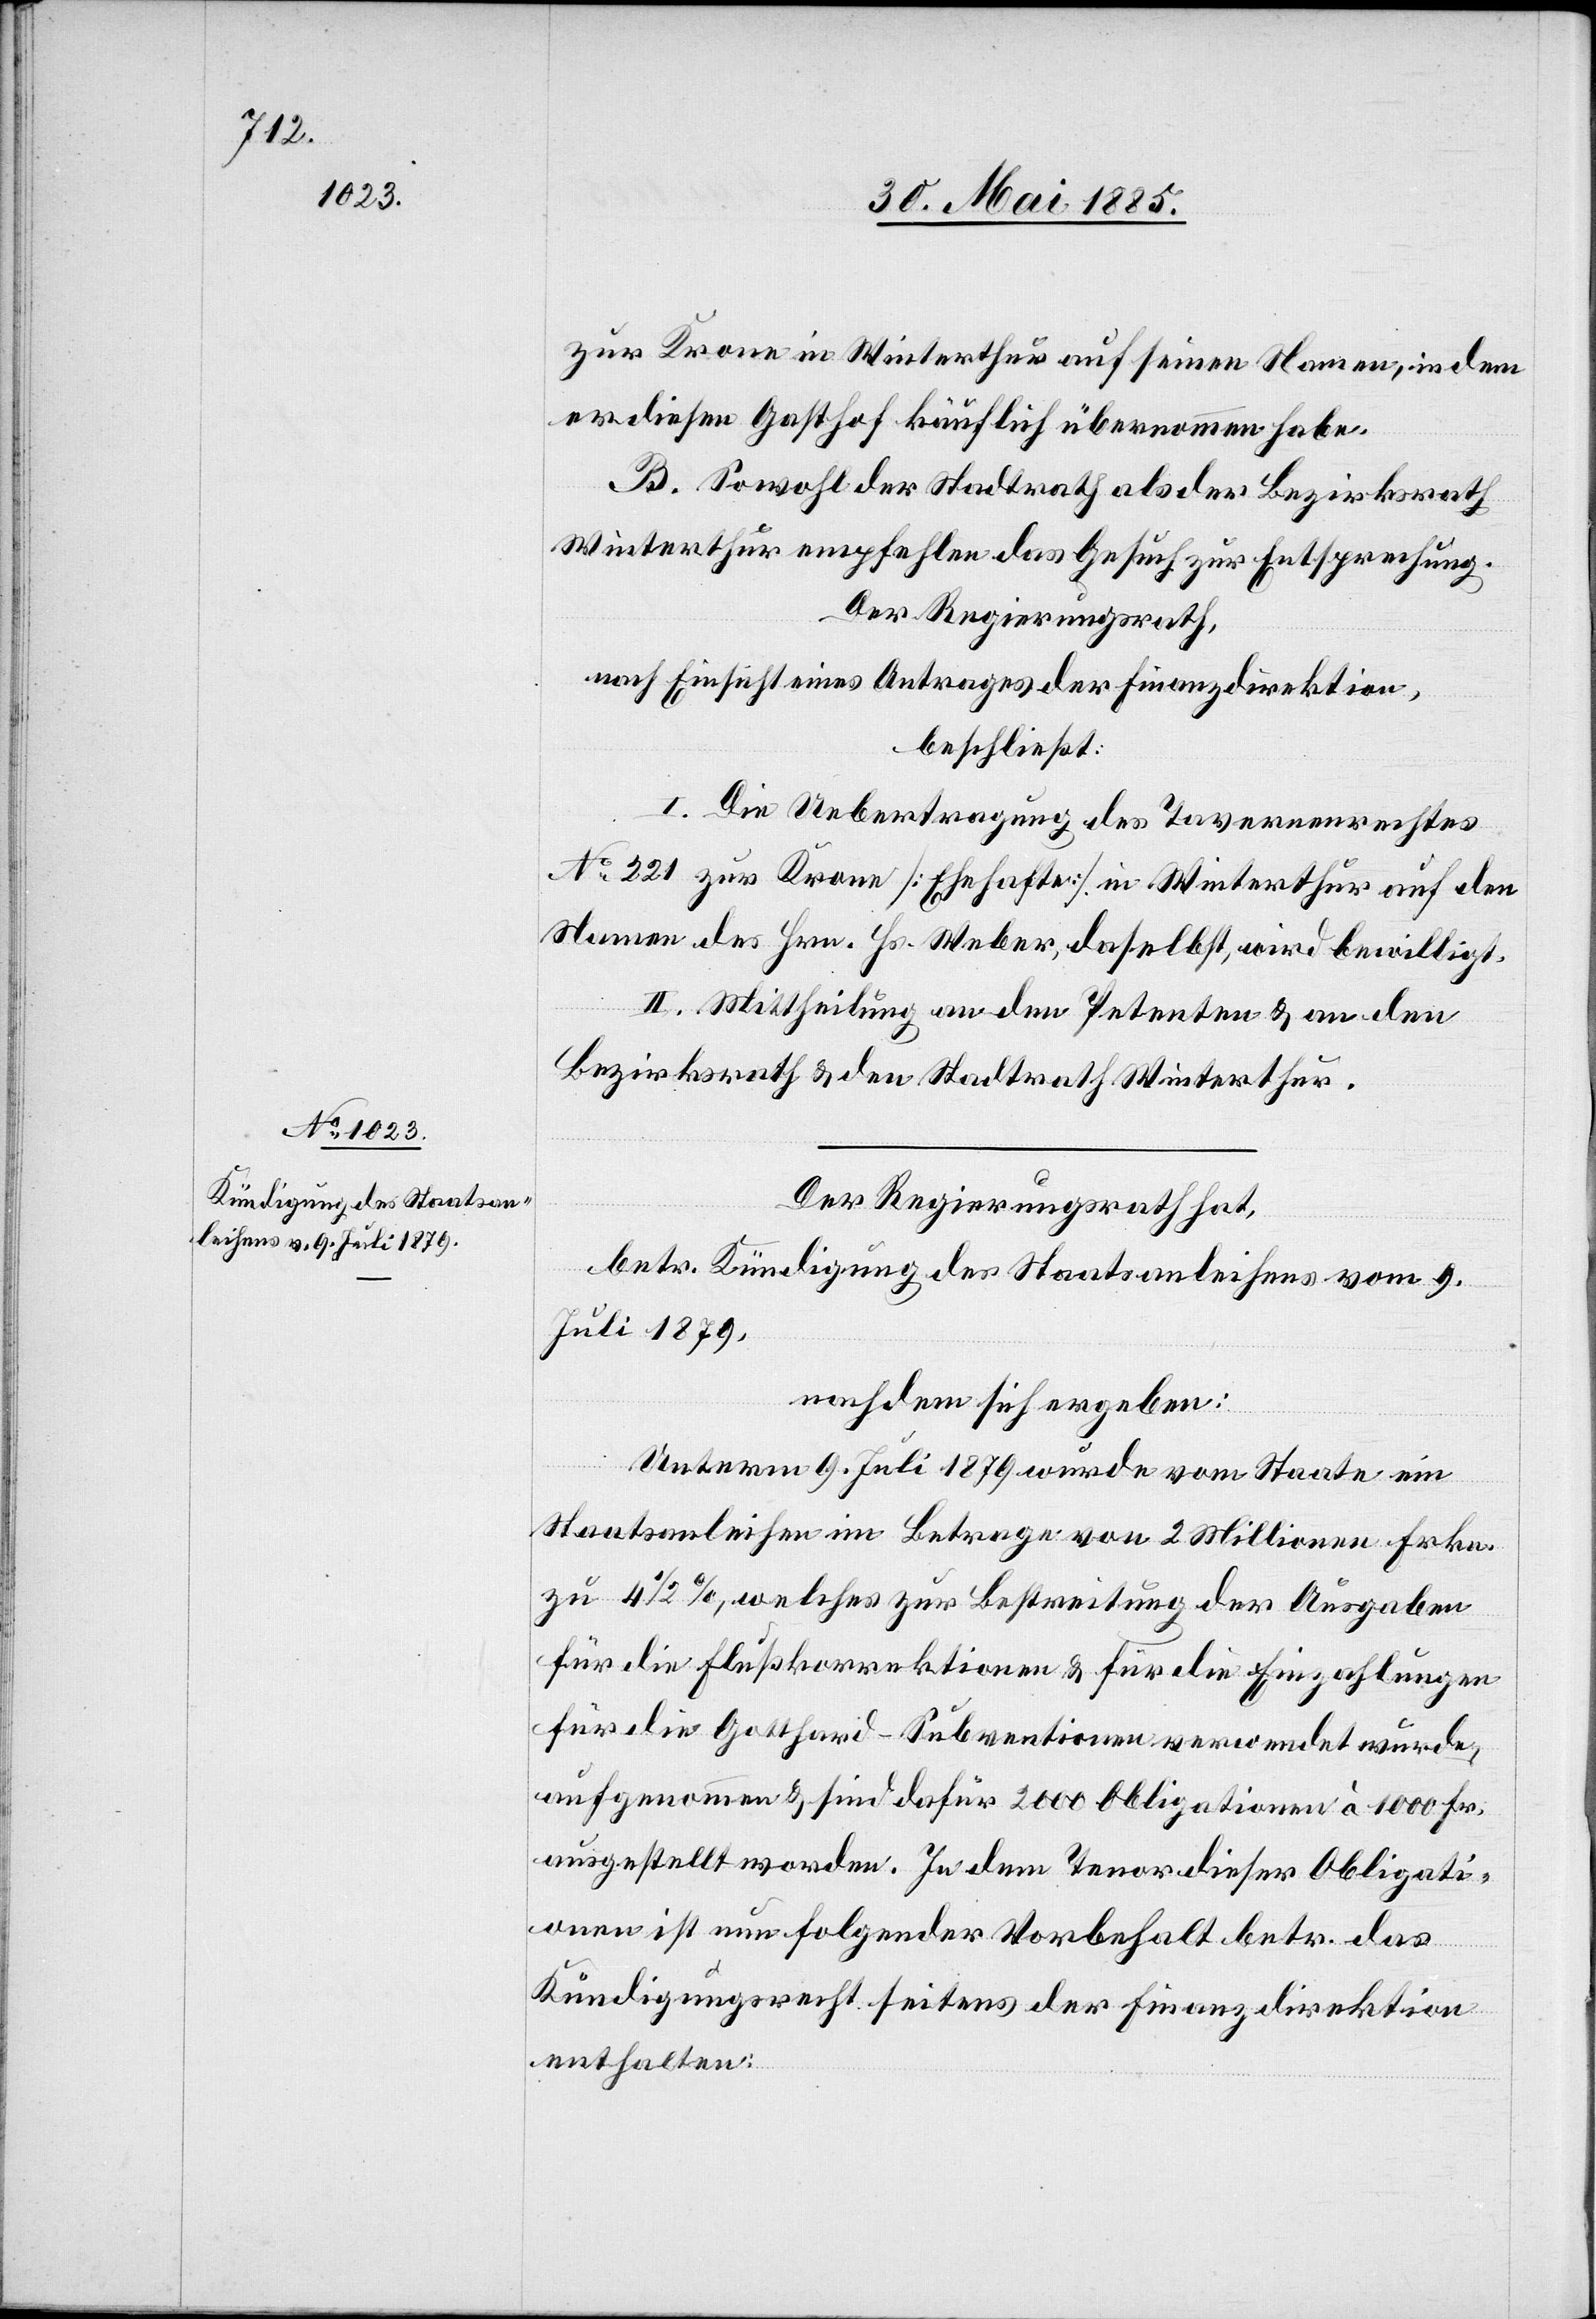
zur Krone in Winterthur auf seinen Namen, indem
er diesen Gasthof käuflich übernommen habe.
B. Sowohl der Stadtrath als der Bezirksrath
Winterthur empfehlen das Gesuch zur Entsprechung.
Der Regierungsrath,
nach Einsicht eines Antrages der Finanzdirektion,
beschließt:
I. Die Uebertragung des Tavernenrechtes
No 221 zur Krone [Ehehafte] in Winterthur auf den
Namen des Hrn. Hs. Weber, daselbst, wird bewilligt.
II. Mittheilung an den Petenten & an den
Bezirksrath & den Stadtrath Winterthur.
Der Regierungsrath hat,
betr. Kündigung des Staatsanleihens vom 9.
Juli 1879,
nachdem sich ergeben:
Unterm 9. Juli 1879 wurde vom Staate ein
Staatsanleihen im Betrage von 2 Millionen Frkn.
zu 4 1/2%, welches zur Bestreitung der Ausgaben
für die Flußkorrektionen & für die Einzahlungen
für die Gotthard-Subventionen verwendet wurde,
aufgenommen & sind dafür 2000 Obligationen à 1000 Fr.
ausgestellt worden. In dem Tenor dieser Obligati¬
onen ist nun folgender Vorbehalt betr. das
Kündigungsrecht seitens der Finanzdirektion
enthalten: